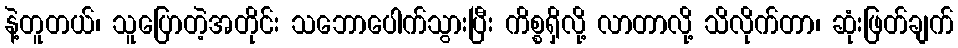
နဲ့တူတယ်၊ သူပြောတဲ့အတိုင်း သဘောပေါက်သွားပြီး ကိစ္စရှိလို့ လာတာလို့ သိလိုက်တာ၊ ဆုံးဖြတ်ချက်